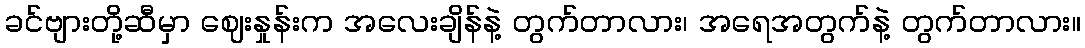
ခင်ဗျားတို့ဆီမှာ ဈေးနှုန်းက အလေးချိန်နဲ့ တွက်တာလား၊ အရေအတွက်နဲ့ တွက်တာလား။